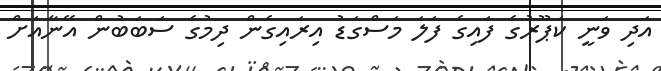
އަދި ވަނީ ކަޕޫރުގެ ފައިގެ ފަލަ މަސްގަޑު އިރައިގެން ދިމުގެ ސަބަބުން އޭނާއަށް